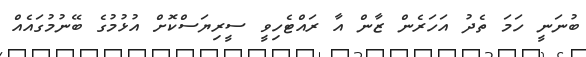
ބުނަނީ ހަމަ ތެދު އަހަރެން ޒާން އާ ރައްޓެހިވީ ސީރިޔަސްކޮށް އުޅުމުގެ ބޭނުމުގައެއް